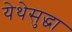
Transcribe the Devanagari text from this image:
येथेसुद्धा